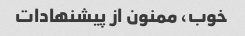
خوب، ممنون از پیشنهادات